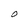
Character: O